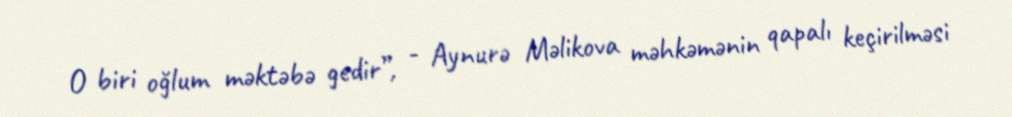
O biri oğlum məktəbə gedir”, - Aynurə Məlikova məhkəmənin qapalı keçirilməsi